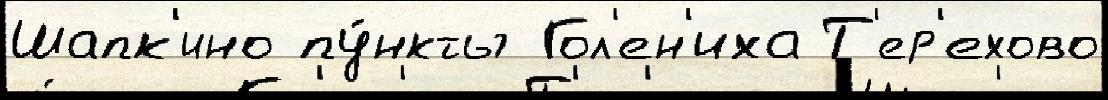
Шапк'ино пу́нкты Гол'ен'иха Т'ер'ехово